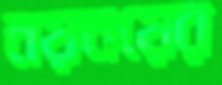
নয়নয়ের